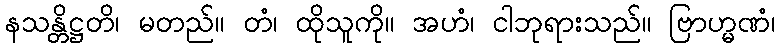
နသန္တိဋ္ဌတိ၊ မတည်။ တံ၊ ထိုသူကို။ အဟံ၊ ငါဘုရားသည်။ ဗြာဟ္မဏံ၊